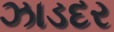
ઝાડદર